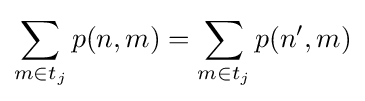
\sum _{m\in t_{j}}p(n,m)=\sum _{m\in t_{j}}p(n',m)